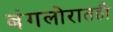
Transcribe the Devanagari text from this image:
बंगलोरातही